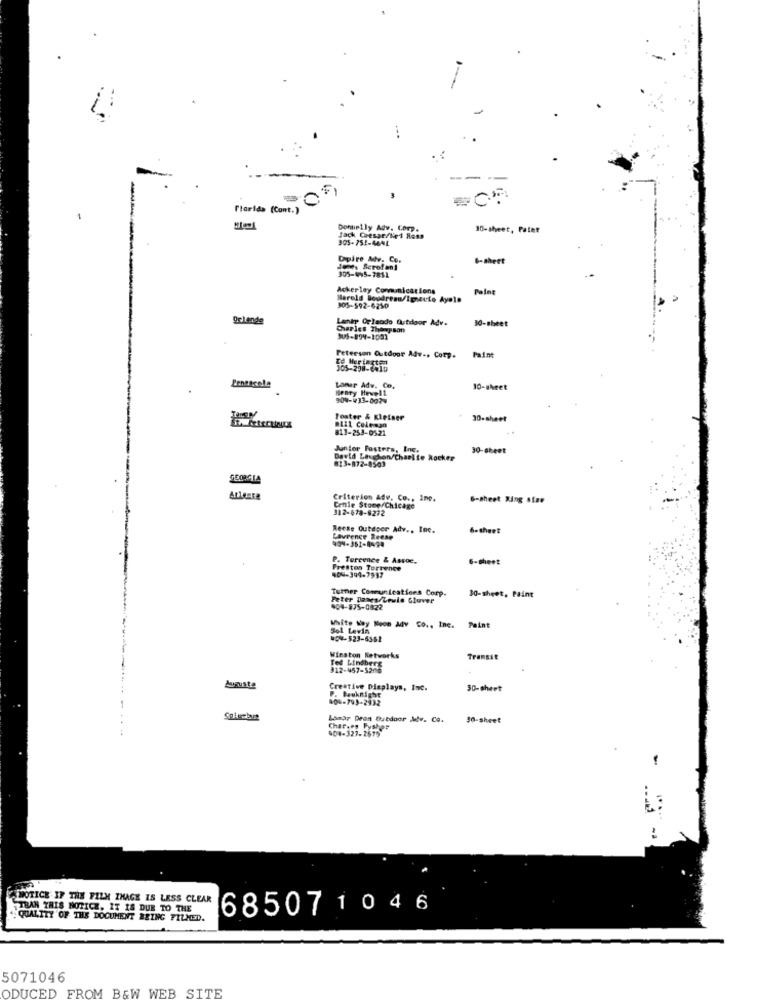
---
Florida (Cont.)
Donnelly Adv. Corp.
10-sheet, Palat
Jack Cresar/Ned Ross
305-752-4641
Capire Mdv. Co.
6-shett
we Scrofani
305-45-7811
Acker ley Communications
Herold Boudreau/Ipseuto Ayolo
905-592-6210
Oclande
Lamtp Orlando Outdoor Adv.
30-sheet
Charles Thompson
JUS-894-1001
Peterson Outdoor Adv ., Corp. Paint
105-298-6410
Lentecela
Henry Heweli
Laner Adv. Co,
10-sheet
909-433-0024
Toster & Kleiner
30-sheet
811-253-0521
Junior Fosters, Inc.
30-sheet
David Laschon/Charite kocker
813-872-8503
SICOMIA
Criterion Adv. Co ., Inc.
6-sheet King size
Cenie Stone/Chicago
312-678-8272
Reese Outdoor Adv ., Inc.
6. theet
Laurence Reese
P. Torcence & Assoc.
6-sheet
Frestes Torrence
Temer Communications Corp.
Peter Dames/Lewis Gluver
30-sheet, Paint
404-875-0822
White Woy Neon Adv Co ., Inc. Paint
Sol Levin
004-523-6361
Winston Networks
Ted Lindberg
Transit
312-457-5276
Creative Displays, Inc.
P. Bauknight
30-sheet
a00-793-2932
Lamar Dron Outdoor Av. Co.
30-sheet
Chafeey Fysher
904-327-2879
NOTICE IF THE FILM ZHAGE IS LESS CLEAR
,TRAN THIS NOTICE, IT IS DUE TO THE
685071046
QUALITY OF THE DOCUMENT BEING FILMED.
5071046
ODUCED FROM B&W WEB SITE